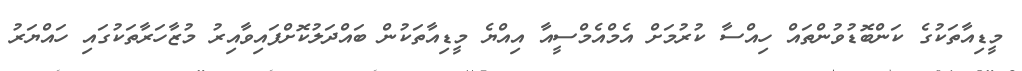
މީޑިއާތަކުގެ ކަންބޮޑުވުންތައް ހިއްސާ ކުރުމަށް އެމްއެމްސީއާ އިއްޔެ މީޑިއާތަކުން ބައްދަލުކޮށްފައިވާއިރު މުޒާހަރާތަކުގައި ހައްޔަރު